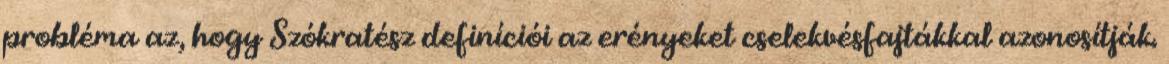
probléma az, hogy Szókratész definíciói az erényeket cselekvésfajtákkal azonosítják.